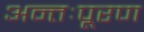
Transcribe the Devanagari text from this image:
अन्तःपूरण